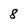
Character: 8